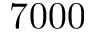
7 0 0 0